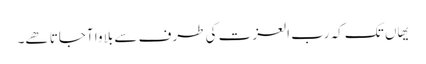
یھاں تک کہ رب العزت کی طرف سے بلاوا آجاتا ھے۔